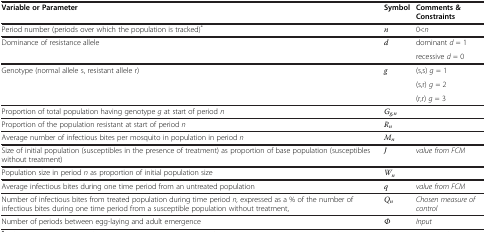
<table><thead><tr><td><b>Variable or Parameter</b></td><td><b>Symbol</b></td><td><b>Comments &amp; Constraints</b></td></tr></thead><tbody><tr><td>Period number (periods over which the population is tracked)<sup>*</sup></td><td><i>n</i></td><td>0&lt;<i>n</i></td></tr><tr><td>Dominance of resistance allele</td><td><i>d</i></td><td>dominant <i>d</i> = 1</td></tr><tr><td> </td><td> </td><td>recessive <i>d</i> = 0</td></tr><tr><td>Genotype (normal allele s, resistant allele r)</td><td><i>g</i></td><td>(s,s) <i>g</i> = 1</td></tr><tr><td> </td><td> </td><td>(s,r) <i>g</i> = 2</td></tr><tr><td> </td><td> </td><td>(r,r) <i>g</i> = 3</td></tr><tr><td>Proportion of total population having genotype <i>g</i> at start of period <i>n</i></td><td><i>G</i><sub><i>g,n</i></sub></td><td> </td></tr><tr><td>Proportion of the population resistant at start of period <i>n</i></td><td><i>R</i><sub><i>n</i></sub></td><td> </td></tr><tr><td>Average number of infectious bites per mosquito in population in period <i>n</i></td><td><i>M</i><sub><i>n</i></sub></td><td> </td></tr><tr><td>Size of initial population (susceptibles in the presence of treatment) as proportion of base population (susceptibles without treatment)</td><td><i>J</i></td><td><i>value from FCM</i></td></tr><tr><td>Population size in period <i>n</i> as proportion of initial population size</td><td><i>W</i><sub><i>n</i></sub></td><td> </td></tr><tr><td>Average infectious bites during one time period from an untreated population</td><td><i>q</i></td><td><i>value from FCM</i></td></tr><tr><td>Number of infectious bites from treated population during time period <i>n,</i> expressed as a % of the number of infectious bites during one time period from a susceptible population without treatment,</td><td><i>Q</i><sub><i>n</i></sub></td><td><i>Chosen measure of control</i></td></tr><tr><td>Number of periods between egg-laying and adult emergence</td><td><i>Φ</i></td><td><i>Input</i></td></tr></tbody></table>